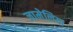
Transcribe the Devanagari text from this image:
जामेलिया